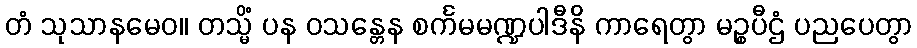
တံ သုသာနမေဝ။ တသ္မိံ ပန ဝသန္တေန စင်္ကမမဏ္ဍပါဒီနိ ကာရေတွာ မဉ္စပီဌံ ပညပေတွာ